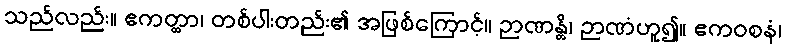
သည်လည်း။ ဧကတ္ထာ၊ တစ်ပါးတည်း၏ အဖြစ်ကြောင့်။ ဉာဏန္တိ၊ ဉာဏံဟူ၍။ ဧကဝစနံ၊